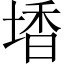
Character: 𡎟